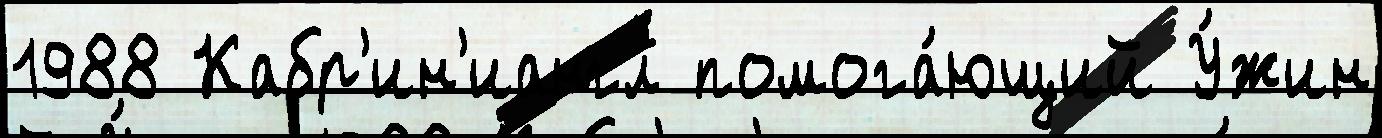
1988 Кабр'ин'иангл помога́ющий У́жин